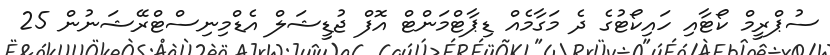
ސުޕްރީމް ކޯޓާއި ހައިކޯޓުގެ ދެ މަގާމެއް ޑިޕާޓްމަންޓް އޮފް ޖުޑީޝަލް އެޑްމިނިސްޓްރޭޝަނުން 25